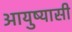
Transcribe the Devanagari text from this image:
आयुष्यासी